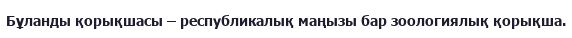
Бұланды қорықшасы – республикалық маңызы бар зоологиялық қорықша.